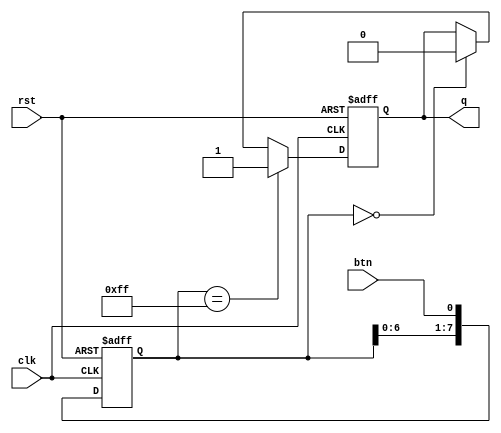
`default_nettype none
// `timescale 1ns/1ns

module debounce #(
    parameter SREG_SIZE = 8
)(
    input wire clk, btn, rst,
    output reg q
);
    
    localparam [SREG_SIZE-1:0] hi_value = 2 ** SREG_SIZE-1;

    reg [SREG_SIZE-1:0] sreg;

    always @ (posedge clk or negedge rst) begin
        if (~rst) begin
            sreg <= {SREG_SIZE{1'b0}};
            q <= 1'b0;
        end
        else begin
            sreg <= {sreg[SREG_SIZE-2:0], btn};

            if (sreg == hi_value)
                q <= 1'b1;
            else if (sreg == {SREG_SIZE{1'b0}})
                q <= 1'b0;
            else
                q <= q;
        end
    end

endmodule